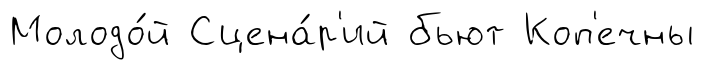
Молодо́й Сцена́р'ий бьют Коп'ечны